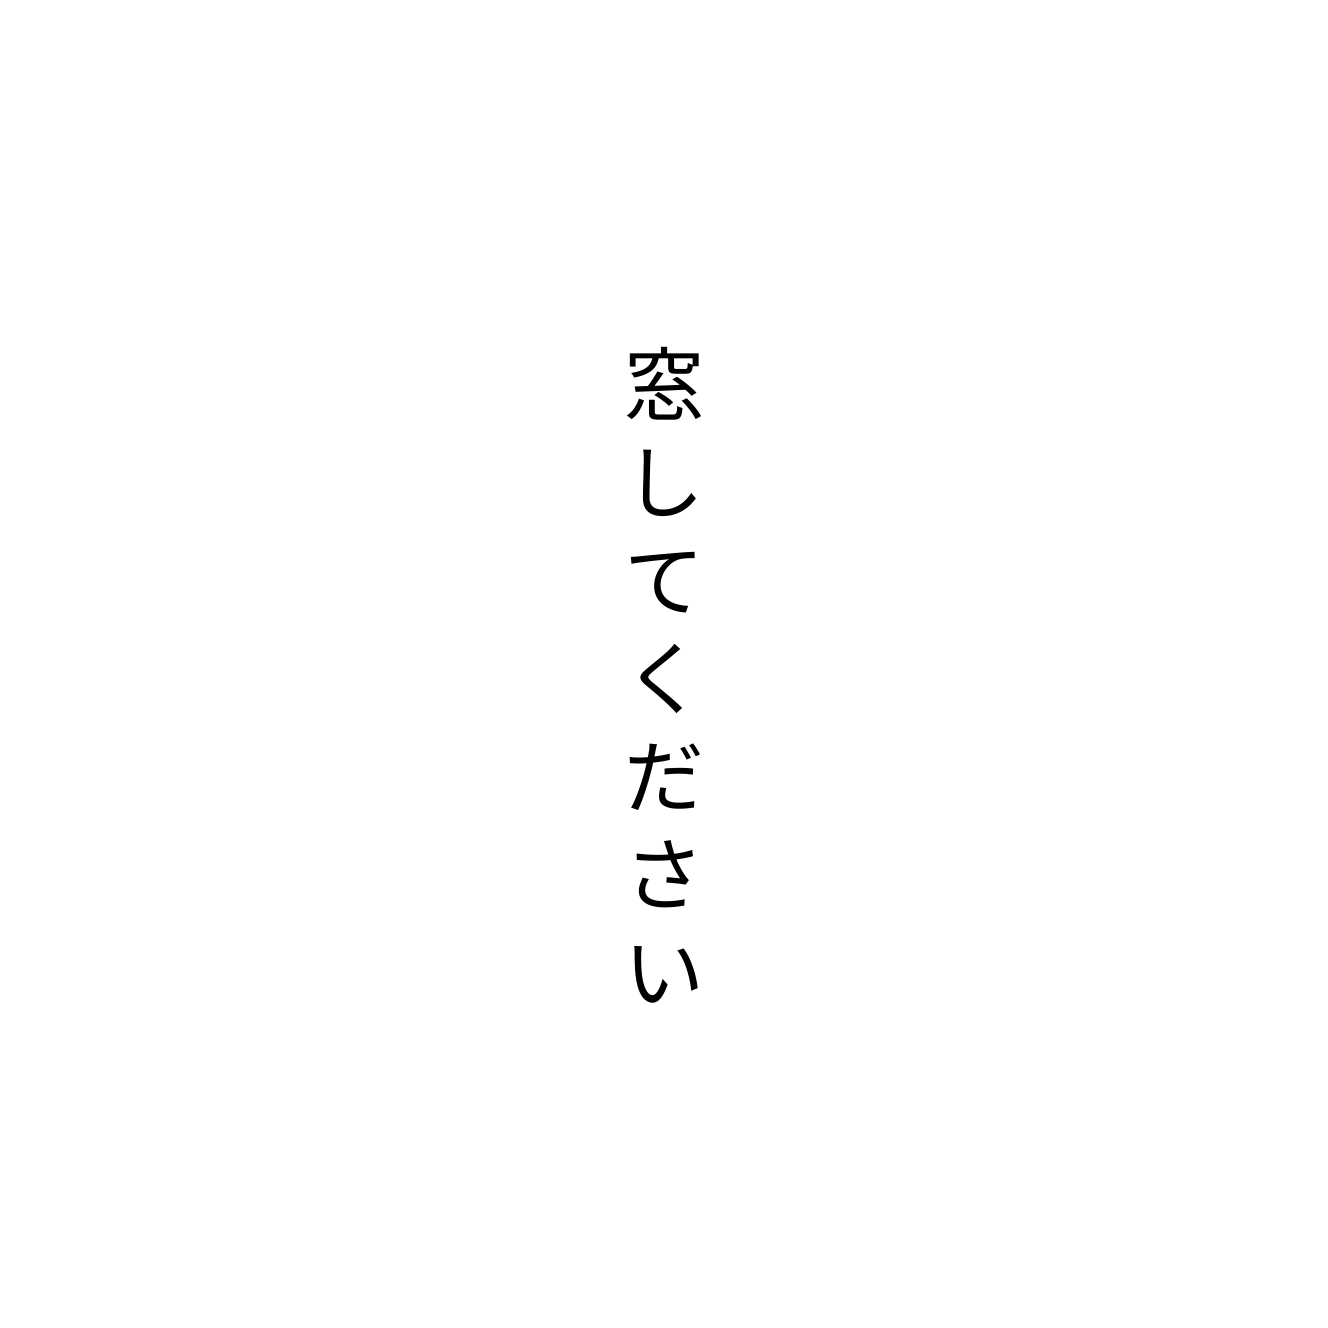
窓してください